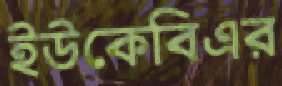
ইউকেবিএর